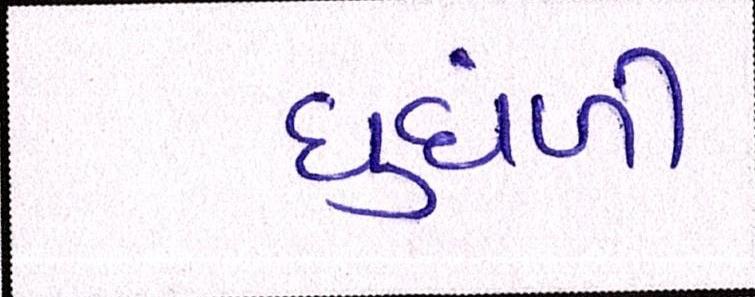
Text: ધુંધળી